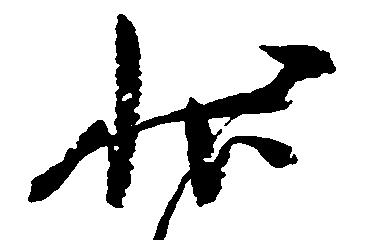
状